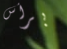
برأس